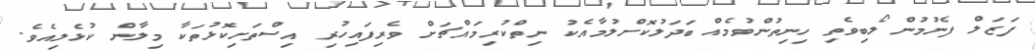
ފަޒަލް ފެނުމުން ލޯބިވެތި ހިނިތުންވުމެއް ބަދަލުކޮށްލުމާއެކު ނިތްކުރިމައްޗަށް ވެރިފައިހުރި އިސްތަށިކޮޅުތަކާ މިލާން ކުޅެލިއެވެ.